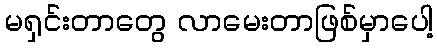
မရှင်းတာတွေ လာမေးတာဖြစ်မှာပေါ့